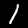
Label: 1